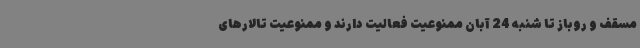
مسقف و روباز تا شنبه 24 آبان ممنوعیت فعالیت دارند و ممنوعیت تالارهای